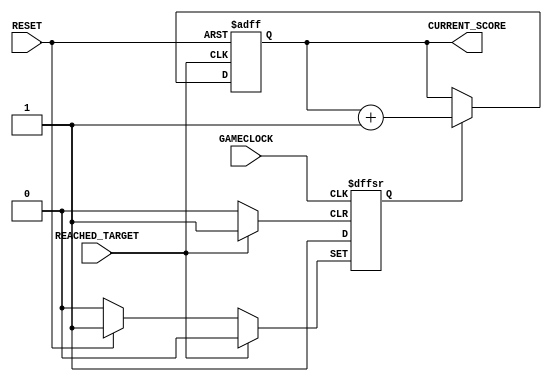
`timescale 1ns / 1ps
module ScoreCounter(
		input RESET,
		input GAMECLOCK,
		input REACHED_TARGET,
		output reg [3:0] CURRENT_SCORE
    );
	
reg enable = 1;
	
always@(posedge REACHED_TARGET or posedge RESET) begin
	if(RESET) 
		CURRENT_SCORE <= 0;
	else if(enable) begin
		CURRENT_SCORE <= CURRENT_SCORE+1;
	end
end

always@(posedge GAMECLOCK or posedge REACHED_TARGET or posedge RESET) begin
	if(RESET)
		enable <= 1;
	else if(REACHED_TARGET)
		enable <= 0;
	else
		enable <= 1;
end

endmodule